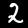
Digit: 2